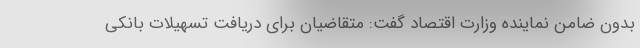
بدون ضامن نماینده وزارت اقتصاد گفت: متقاضیان برای دریافت تسهیلات بانکی